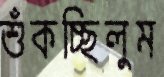
শুঁকচ্ছিলুম